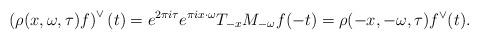
LaTeX: \begin{align*}\left(\rho(x,\omega,\tau) f\right)^\vee (t) = e^{2 \pi i \tau} e^{\pi i x \cdot \omega} T_{-x} M_{-\omega} f(-t) = \rho(-x,-\omega,\tau) f^\vee(t).\end{align*}